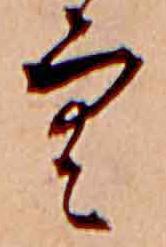
空